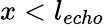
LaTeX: x<l_{echo}